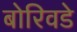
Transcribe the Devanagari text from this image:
बोरिवडे